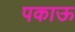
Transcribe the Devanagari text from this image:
पकाऊ